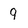
Character: 9